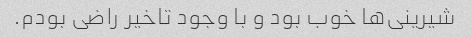
شیرینی‌ها خوب بود و با وجود تاخیر راضی بودم.